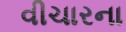
વીચારના